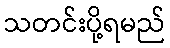
သတင်းပို့ရမည်